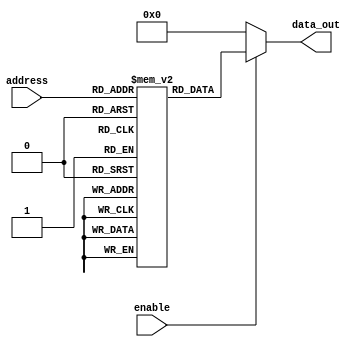
module parameterized_rom #(
    parameter ADDR_WIDTH = 8,    // Width of the address bus
    parameter DATA_WIDTH = 16     // Width of the data output
) (
    input  wire [ADDR_WIDTH-1:0] address,  // Address input
    input  wire enable,                     // Control signal
    output reg  [DATA_WIDTH-1:0] data_out   // Data output
);

    // Define the size of the ROM
    localparam ROM_SIZE = 1 << ADDR_WIDTH;  // 2^ADDR_WIDTH

    // ROM declaration (initialize with fixed data)
    reg [DATA_WIDTH-1:0] rom [0:ROM_SIZE-1];

    // Initial block to load data into the ROM
    initial begin
        // Initialize ROM with predefined values
        // Note: Modify these values as needed for your application
        rom[0]  = 16'h0000;  // Example data entry 0
        rom[1]  = 16'h0001;  // Example data entry 1
        rom[2]  = 16'h0002;  // Example data entry 2
        rom[3]  = 16'h0003;  // Example data entry 3
        // Continue initializing for all necessary entries...
        // This example initializes only 4 entries; expand as needed
        // Ensure that the values above match your ROM size
    end

    // Always block to read from ROM based on address and enable signal
    always @(*) begin
        if (enable) begin
            data_out = rom[address];  // Output the data for the given address
        end else begin
            data_out = {DATA_WIDTH{1'b0}};  // Output zero when enable is low
        end
    end

endmodule